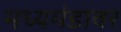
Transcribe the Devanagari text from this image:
मध्यमंडावर